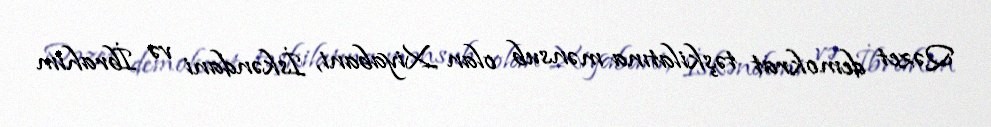
Qəzet demokrat təşkilatına mənsub olan Xiyabani, İskəndani və İbrahim